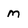
Character: m